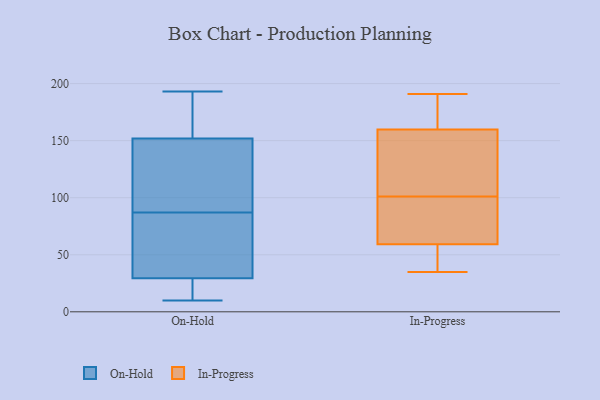
{"axis": {"x": "Temperature (°C)", "y": "Value"}, "legend": ["In-Progress", "On-Hold"], "data": [{"x": "", "y": 10, "type": "On-Hold"}, {"x": "", "y": 11, "type": "On-Hold"}, {"x": "", "y": 166, "type": "On-Hold"}, {"x": "", "y": 37, "type": "On-Hold"}, {"x": "", "y": 177, "type": "On-Hold"}, {"x": "", "y": 58, "type": "On-Hold"}, {"x": "", "y": 193, "type": "On-Hold"}, {"x": "", "y": 87, "type": "On-Hold"}, {"x": "", "y": 110, "type": "On-Hold"}, {"x": "", "y": 109, "type": "On-Hold"}, {"x": "", "y": 27, "type": "On-Hold"}, {"x": "", "y": 69, "type": "In-Progress"}, {"x": "", "y": 35, "type": "In-Progress"}, {"x": "", "y": 159, "type": "In-Progress"}, {"x": "", "y": 168, "type": "In-Progress"}, {"x": "", "y": 56, "type": "In-Progress"}, {"x": "", "y": 160, "type": "In-Progress"}, {"x": "", "y": 191, "type": "In-Progress"}, {"x": "", "y": 87, "type": "In-Progress"}, {"x": "", "y": 101, "type": "In-Progress"}, {"x": "", "y": 38, "type": "In-Progress"}, {"x": "", "y": 108, "type": "In-Progress"}]}